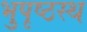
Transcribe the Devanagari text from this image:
भुपृष्ठस्थ